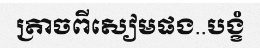
ត្រាចពីសៀមផង..បង្ខំ